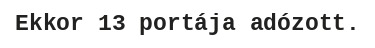
Ekkor 13 portája adózott.